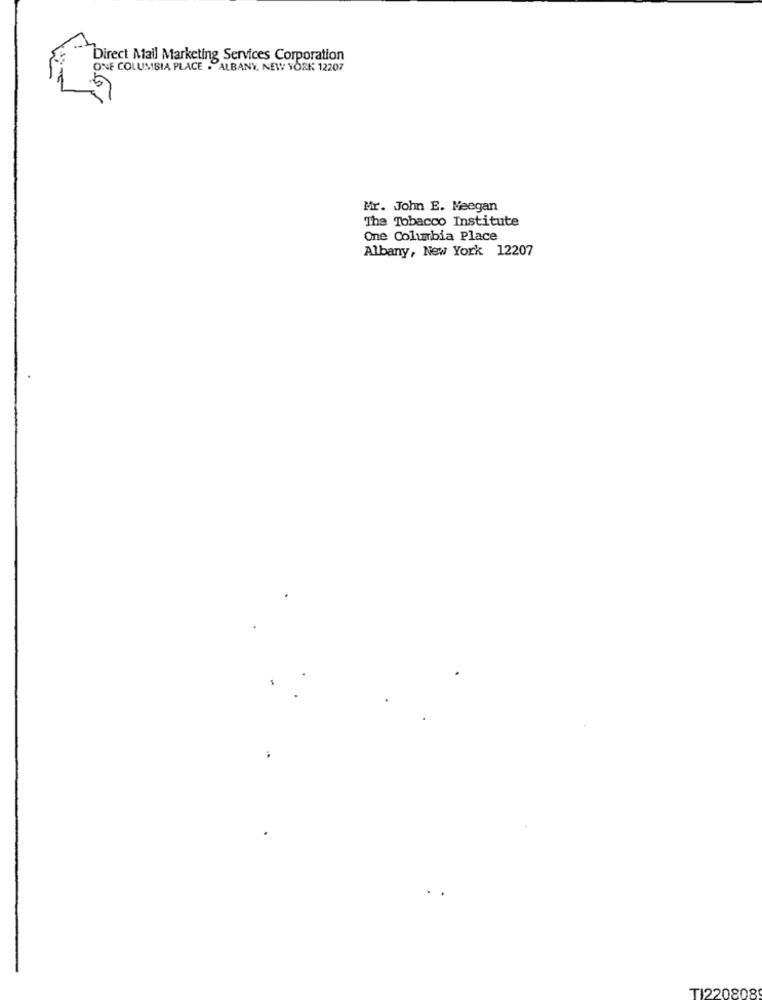
Direct Mail Marketing Services Corporation
ONE COLUMBIA PLACE . ALBANY, NEW YORK 12207
Mr. John E. Meegan
The Tobacco Institute
One Columbia Place
Albany, New York 12207
TI220808